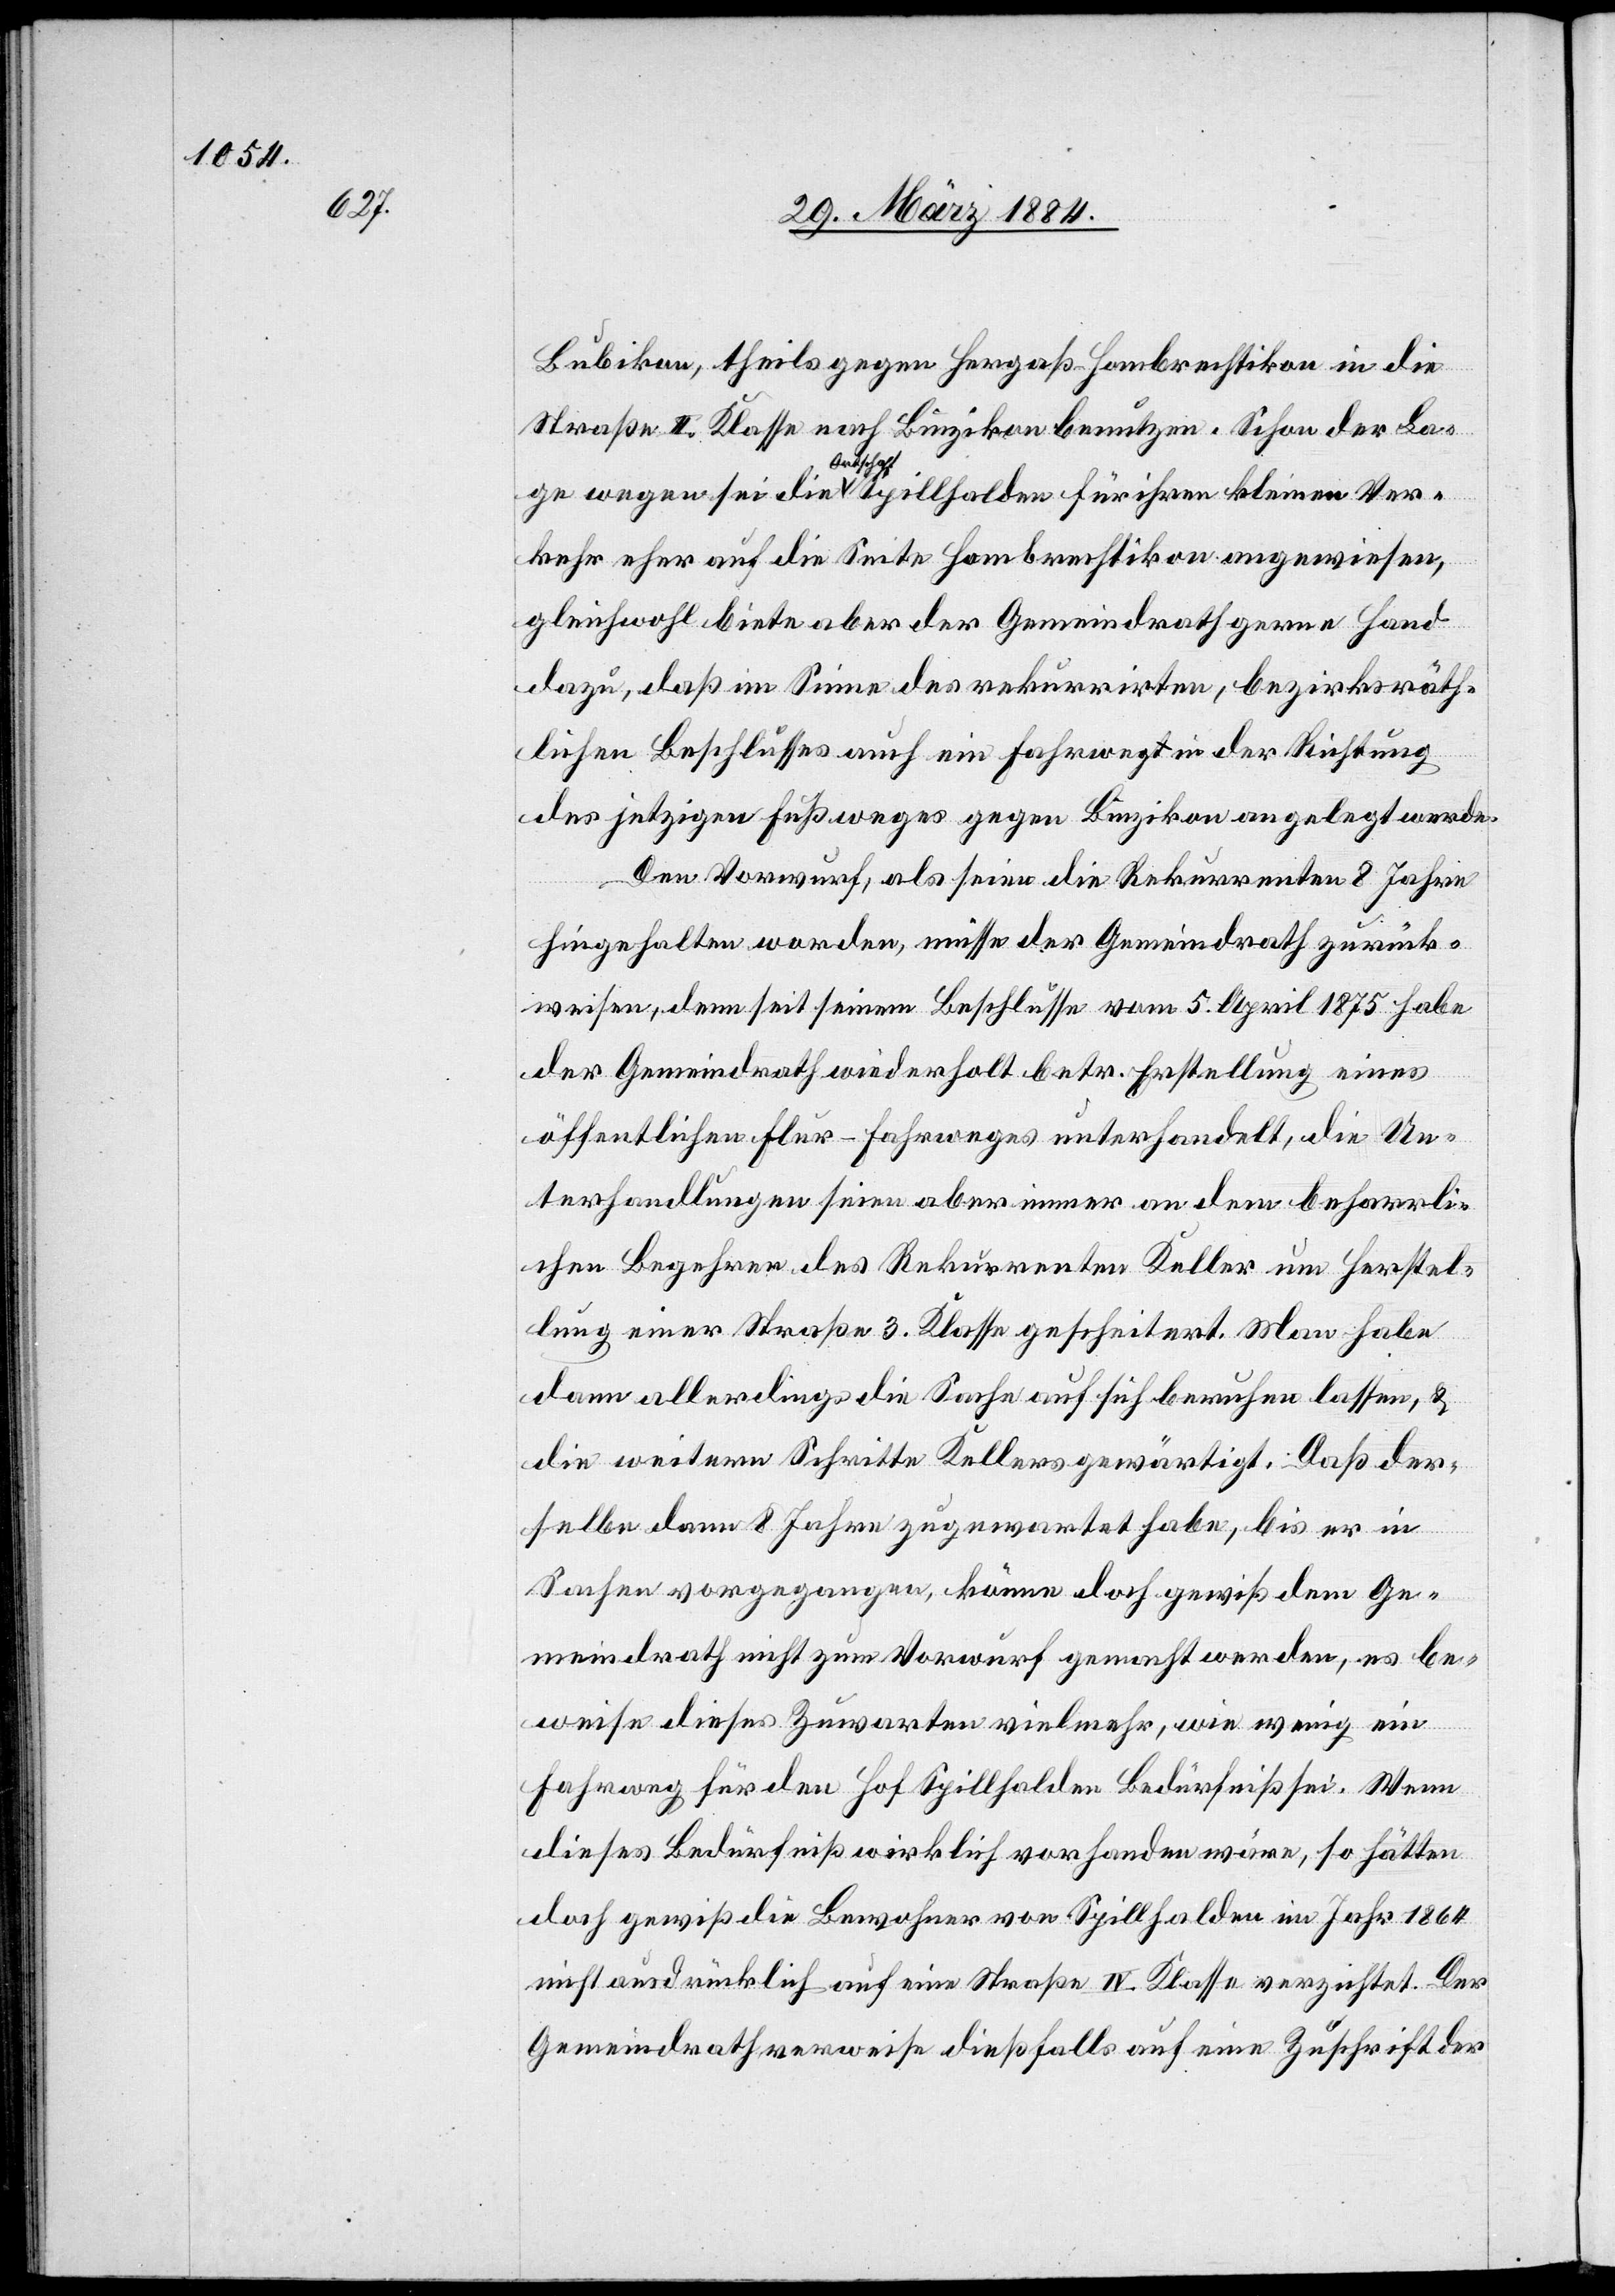
Bubikon, theils gegen Hergaß - Hombrechtikon in die
Straße II. Klasse nach Binzikon benutzen. Schon der La¬
ge wegen sei die Ortschaft Spillhalden für ihren kleinen Ver¬
kehr eher auf die Seite Hombrechtikon angewiesen,
gleichwohl biete aber der Gemeindrath gerne Hand
dazu, daß im Sinne des rekurrirten, bezirksräth¬
lichen Beschlusses auch ein Fahrweg in der Richtung
des jetzigen Fußweges gegen Binzikon angelegt werde.
Den Vorwurf, als seien die Rekurrenten 8 Jahre
hingehalten worden, müsse der Gemeindrath zurück¬
weisen, denn seit seinem Beschlusse vom 5. April 1875 habe
der Gemeindrath wiederholt betr. Erstellung eines
öffentlichen Flur-Fahrweges unterhandelt, die Un¬
terhandlungen seien aber immer an dem beharrli¬
chen Begehren des Rekurrenten Keller um Herstel¬
lung einer Straße 3. Klasse gescheitert. Man habe
dann allerdings die Sache auf sich beruhen lassen, &
die weiteren Schritte Kellers gewärtigt. Daß der¬
selbe dann 8 Jahre zugewartet habe, bis er in
Sachen vorgegangen, könne doch gewiß dem Ge¬
meindrath nicht zum Vorwurf gemacht werden, es be¬
weise dieses Zuwarten vielmehr, wie wenig ein
Fahrweg für den Hof Spillhalden Bedürfniß sei. Wenn
dieses Bedürfniß wirklich vorhanden wäre, so hätte
doch gewiß die Bewohner von Spillhalden im Jahr 1864
nicht ausdrücklich auf eine Straße IV. Klasse verzichtet. Der
Gemeindrath verweise dießfalls auf eine Zuschrift der